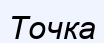
Точка